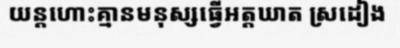
យន្តហោះគ្មានមនុស្សធ្វើអត្តឃាត ស្រដៀង